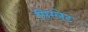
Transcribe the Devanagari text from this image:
पिग्लेट